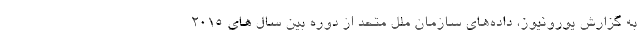
به گزارش یورونیوز، داده‌های سازمان ملل متحد از دوره بین سال های ۲۰۱۵